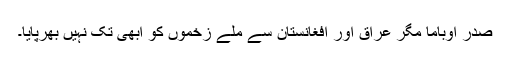
صدر اوباما مگر عراق اور افغانستان سے ملے زخموں کو ابھی تک نہیں بھرپایا۔